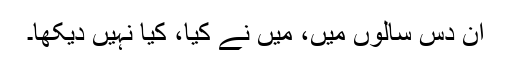
ان دس سالوں میں، میں نے کیا، کیا نہیں دیکھا۔